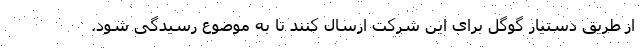
از طریق دستیار گوگل برای این شرکت ارسال کنند تا به موضوع رسیدگی شود.